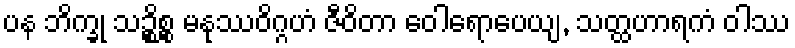
ပန ဘိက္ခု သဉ္စိစ္စ မနုဿဝိဂ္ဂဟံ ဇီဝိတာ ဝေါရောပေယျ, သတ္ထဟာရကံ ဝါဿ